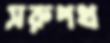
সরুপথ